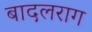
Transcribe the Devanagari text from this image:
बादलराग